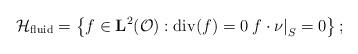
LaTeX: \begin{align*}\mathcal{H}_{\mathrm{fluid}}=\left\{ f\in \mathbf{L}^{2}(\mathcal{O}):\mathrm{div}(f)=0\left. f\cdot \nu \right\vert _{S}=0\right\} ;\end{align*}